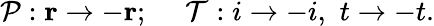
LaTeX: \mathcal{P}:{\mathbf{r}}\rightarrow-{\mathbf{r}};\quad~\mathcal{T}:i\rightarrow-i,\, \, t\rightarrow-t.